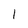
Character: 1